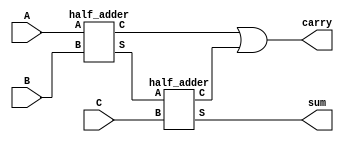
module full_adder (

    input A, B, C,
    output sum, carry
);

wire half_sum, halfcarry_1, halfcarry_2;

half_adder HA1 (A, B, half_sum, halfcarry_1);
half_adder HA2 (half_sum, C, sum, halfcarry_2);

assign carry = halfcarry_1 | halfcarry_2;

endmodule

module half_adder (

    input A, B,
    output S, C
);

assign S = A ^ B;
assign C = A & B;

endmodule